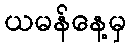
ယမန်နေ့မှ